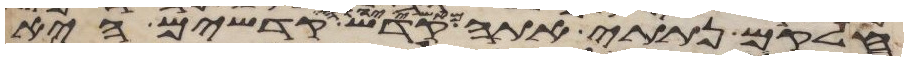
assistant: חלקם נתתי אתה מאשי יהוה קדש קדשים היא